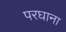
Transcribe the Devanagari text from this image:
परघाना